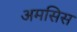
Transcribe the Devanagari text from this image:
अमसिस